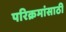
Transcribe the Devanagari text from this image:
परिक्रमांसाठी